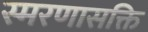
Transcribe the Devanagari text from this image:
स्मरणासक्ति